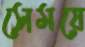
সেময়ে